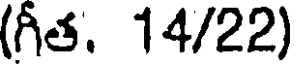
(గీత. 14/22)